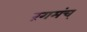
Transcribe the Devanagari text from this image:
रंगमंच्